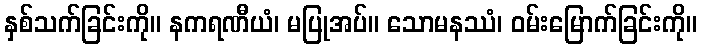
နှစ်သက်ခြင်းကို။ နကရဏီယံ၊ မပြုအပ်။ သောမနဿံ၊ ဝမ်းမြောက်ခြင်းကို။